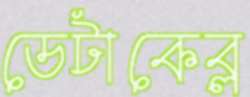
ডেটাকেব্ল